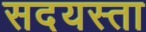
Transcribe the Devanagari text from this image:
सदयस्ता